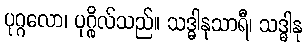
ပုဂ္ဂလော၊ ပုဂ္ဂိုလ်သည်။ သဒ္ဓါနုသာရီ၊ သဒ္ဓါနု